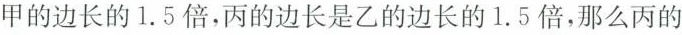
甲的边长的1.5倍，丙的边长是乙的边长的1.5倍，那么丙的